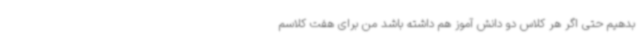
بدهیم حتی اگر هر کلاس دو دانش آموز هم داشته باشد من برای هفت کلاسم